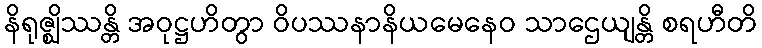
နိရုဇ္ဈိဿန္တိ အဝုဋ္ဌဟိတွာ ဝိပဿနာနိယမေနေဝ သာဌေယျန္တိ စရဟီတိ